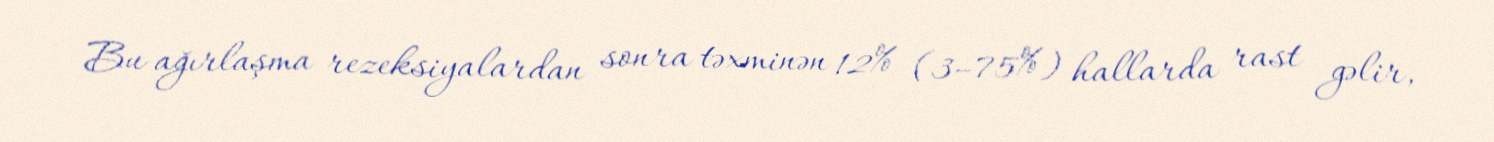
Bu ağırlaşma rezeksiyalardan sonra təxminən 12% (3–75%) hallarda rast gəlir,